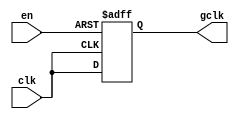
module clock_gating (
    input wire clk,      // Main clock signal
    input wire en,       // Enable signal
    output reg gclk      // Gated clock output
);

// Gated clock logic
always @(posedge clk or negedge en) begin
    if (!en) begin
        gclk <= 1'b0;   // When enable is low, hold gclk low
    end else begin
        gclk <= clk;    // When enable is high, follow the main clock
    end
end

endmodule